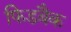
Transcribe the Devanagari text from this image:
फिडबैक